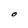
Character: O